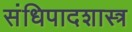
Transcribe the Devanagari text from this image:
संधिपादशास्त्र